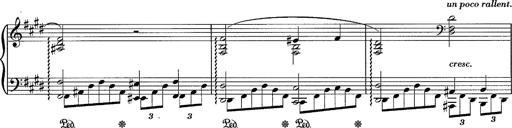
Title: Sancta Dorothea
Composer: Franz Liszt
Key: E major